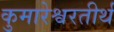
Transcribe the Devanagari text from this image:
कुमारेश्वरतीर्थ